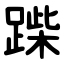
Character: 䠕